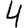
Digit: 4